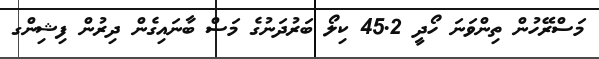
މަސްރޭހުން ތިންވަނަ ހޯދީ 45.2 ކިލޯ ބަރުދަނުގެ މަސް ބާނައިގެން ދިރުން ފިޝިންގ